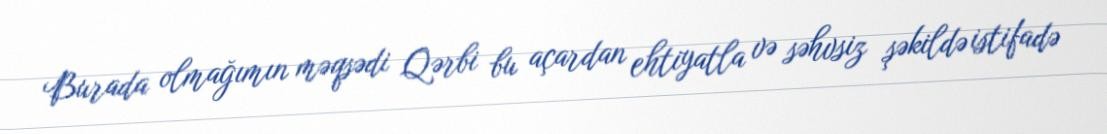
Burada olmağımın məqsədi Qərbi bu açardan ehtiyatla və səhvsiz şəkildə istifadə